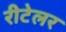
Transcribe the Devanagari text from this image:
रीटेलर